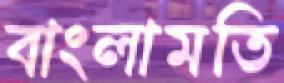
বাংলামতি